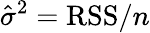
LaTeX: {\hat{\sigma}}^{2}=\mathrm{RSS}/n